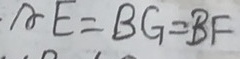
A E = B G = B F